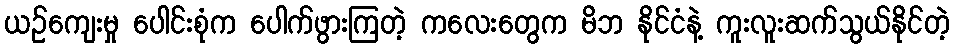
ယဉ်ကျေးမှု ပေါင်းစုံက ပေါက်ဖွားကြတဲ့ ကလေးတွေက မိဘ နိုင်ငံနဲ့ ကူးလူးဆက်သွယ်နိုင်တဲ့